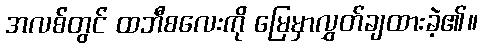
အလစ်တွင် ထဘီစလေးကို မြေမှာလွှတ်ချထားခဲ့၏။